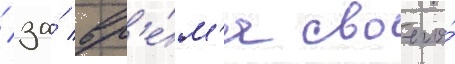
/ за́ вр'е́м'я своего́